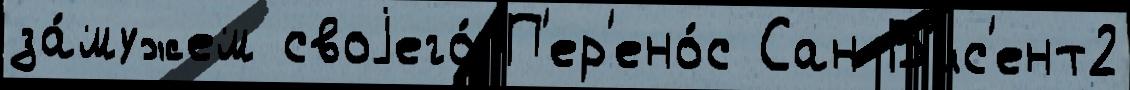
за́мужем своjего́ П'ер'ено́с Сан-В'ис'ент2